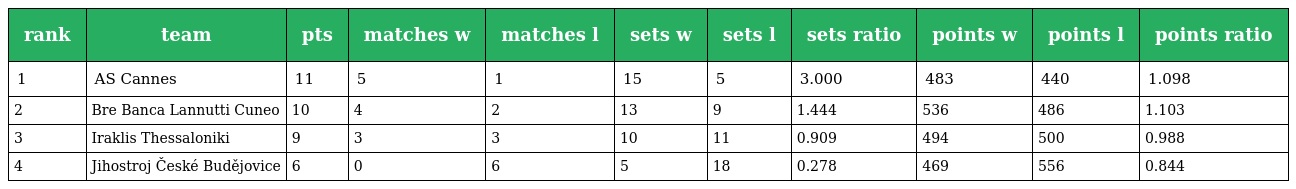
| rank | team | pts | matches w | matches l | sets w | sets l | sets ratio | points w | points l | points ratio |
 | --- | --- | --- | --- | --- | --- | --- | --- | --- | --- | --- |
 | 1 | AS Cannes | 11 | 5 | 1 | 15 | 5 | 3.000 | 483 | 440 | 1.098 |
 | 2 | Bre Banca Lannutti Cuneo | 10 | 4 | 2 | 13 | 9 | 1.444 | 536 | 486 | 1.103 |
 | 3 | Iraklis Thessaloniki | 9 | 3 | 3 | 10 | 11 | 0.909 | 494 | 500 | 0.988 |
 | 4 | Jihostroj České Budějovice | 6 | 0 | 6 | 5 | 18 | 0.278 | 469 | 556 | 0.844 |